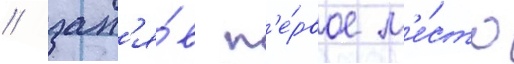
/ зан'я́в п'е́рвое м'е́сто